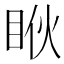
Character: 𱲳